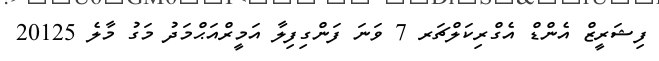
ފިޝަރީޒް އެންޑް އެގްރިކަލްޗަރ 7 ވަނަ ފަންގިފިލާ އަމީރްއަޙްމަދު މަގު މާލެ 20125